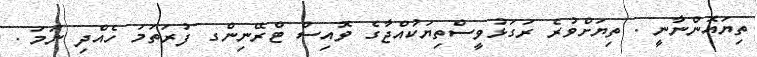
ތިޔައޮންނާނީ . ތިޔަށްވުރެ ރަގަޅުވީސްތިޔަކުއްޖާގެ ވޮއިސް ޓްރޭނިންގ ފުރަތަަމަ ހެއްދި ނަމަ .